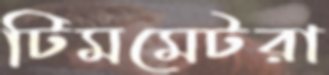
টিমমেটরা